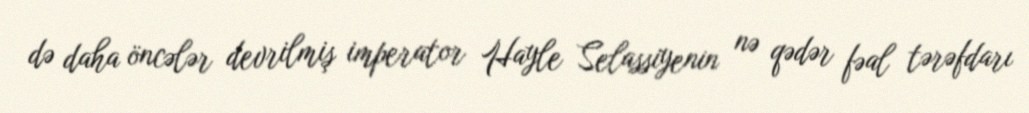
də daha öncələr devrilmiş imperator Hayle Selassiyenin nə qədər fəal tərəfdarı